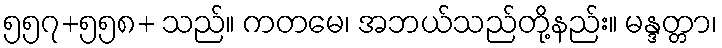
၅၅၇+၅၅၈+ သည်။ ကတမေ၊ အဘယ်သည်တို့နည်း။ မန္ဒတ္တာ၊